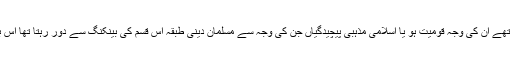
مگر پھر بھی کچھ لوگ ان بیرون ملک بینکوں سے مطمعن نہیں تھے ان کی وجہ قومیت ہو یا اسلامی مذہبی پیچیدگیاں جن کی وجہ سے مسلمان دینی طبقہ اس قسم کی بینکنگ سے دور رہتا تھا اس بات کو دیکھتے ہوئے کرنٹ اکاؤنٹ سسٹم کو متعارف کرایا گیا۔